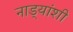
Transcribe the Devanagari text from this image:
नाड्यांशी